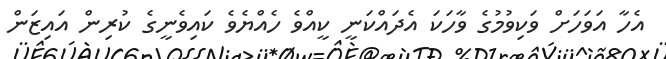
އެހާ އަވަހަށް ވަކިވުމުގެ ވާހަކަ އެދައްކަނީ ކީއްވެ ހެއްޔެވެ ކައިވެނީގެ ކުރިން އައިޒަން